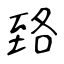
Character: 臵